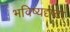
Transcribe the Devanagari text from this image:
भविष्यदृष्टा